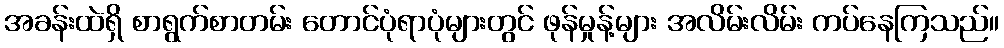
အခန်းထဲရှိ စာရွက်စာတမ်း တောင်ပုံရာပုံများတွင် ဖုန်မှုန့်များ အလိမ်းလိမ်း ကပ်နေကြသည်။